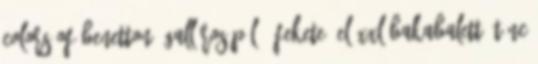
Colors of Benetton, Galléros póló, Fekete, EL-XXL Bakabalett: tánc